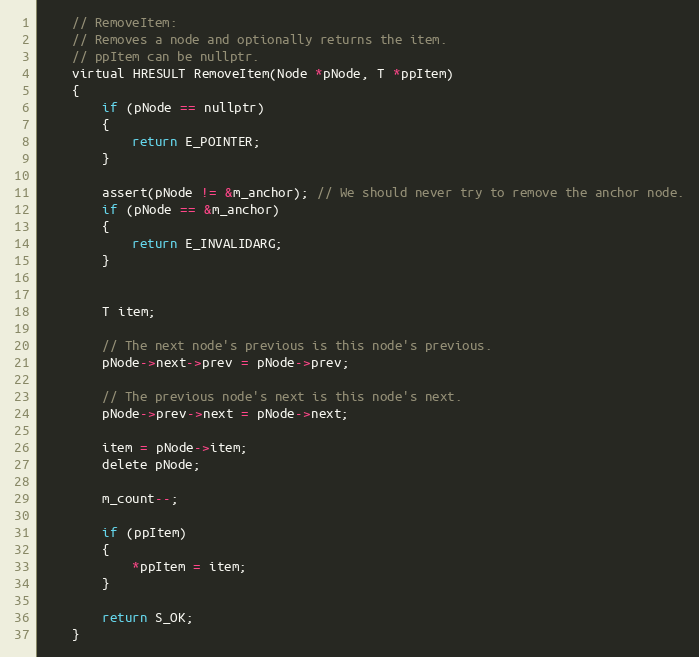
Language: C
    // RemoveItem:
    // Removes a node and optionally returns the item.
    // ppItem can be nullptr.
    virtual HRESULT RemoveItem(Node *pNode, T *ppItem)
    {
        if (pNode == nullptr)
        {
            return E_POINTER;
        }

        assert(pNode != &m_anchor); // We should never try to remove the anchor node.
        if (pNode == &m_anchor)
        {
            return E_INVALIDARG;
        }

        T item;

        // The next node's previous is this node's previous.
        pNode->next->prev = pNode->prev;

        // The previous node's next is this node's next.
        pNode->prev->next = pNode->next;

        item = pNode->item;
        delete pNode;

        m_count--;

        if (ppItem)
        {
            *ppItem = item;
        }

        return S_OK;
    }